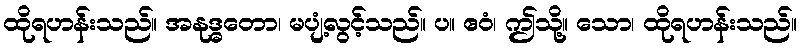
ထိုရဟန်းသည်။ အနုဒ္ဓတော၊ မပျံ့လွင့်သည်။ ပ။ ဧဝံ၊ ဤသို့။ သော၊ ထိုရဟန်းသည်။